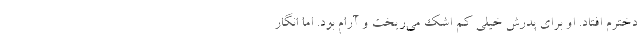
دخترم افتاد. او برای پدرش خیلی کم اشک می‌ریخت و آرام بود. اما انگار